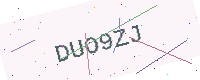
Text: DUO9ZJ